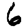
Digit: 6